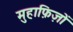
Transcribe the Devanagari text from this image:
मुहाफ़िज़ों